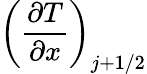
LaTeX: \left(\frac{\partial T}{\partial x}\right)_{j+1/2}